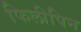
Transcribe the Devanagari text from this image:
फिलीपिन